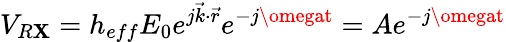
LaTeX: V_{R\mathbf{X}}=h_{eff}E_{0}e^{j\vec{{k}}\cdot\vec{{r}}}e^{-j\omegat}=Ae^{-j\omegat}